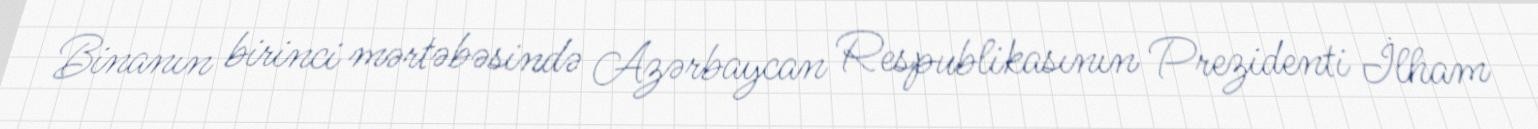
Binanın birinci mərtəbəsində Azərbaycan Respublikasının Prezidenti İlham